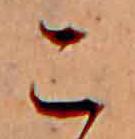
こ